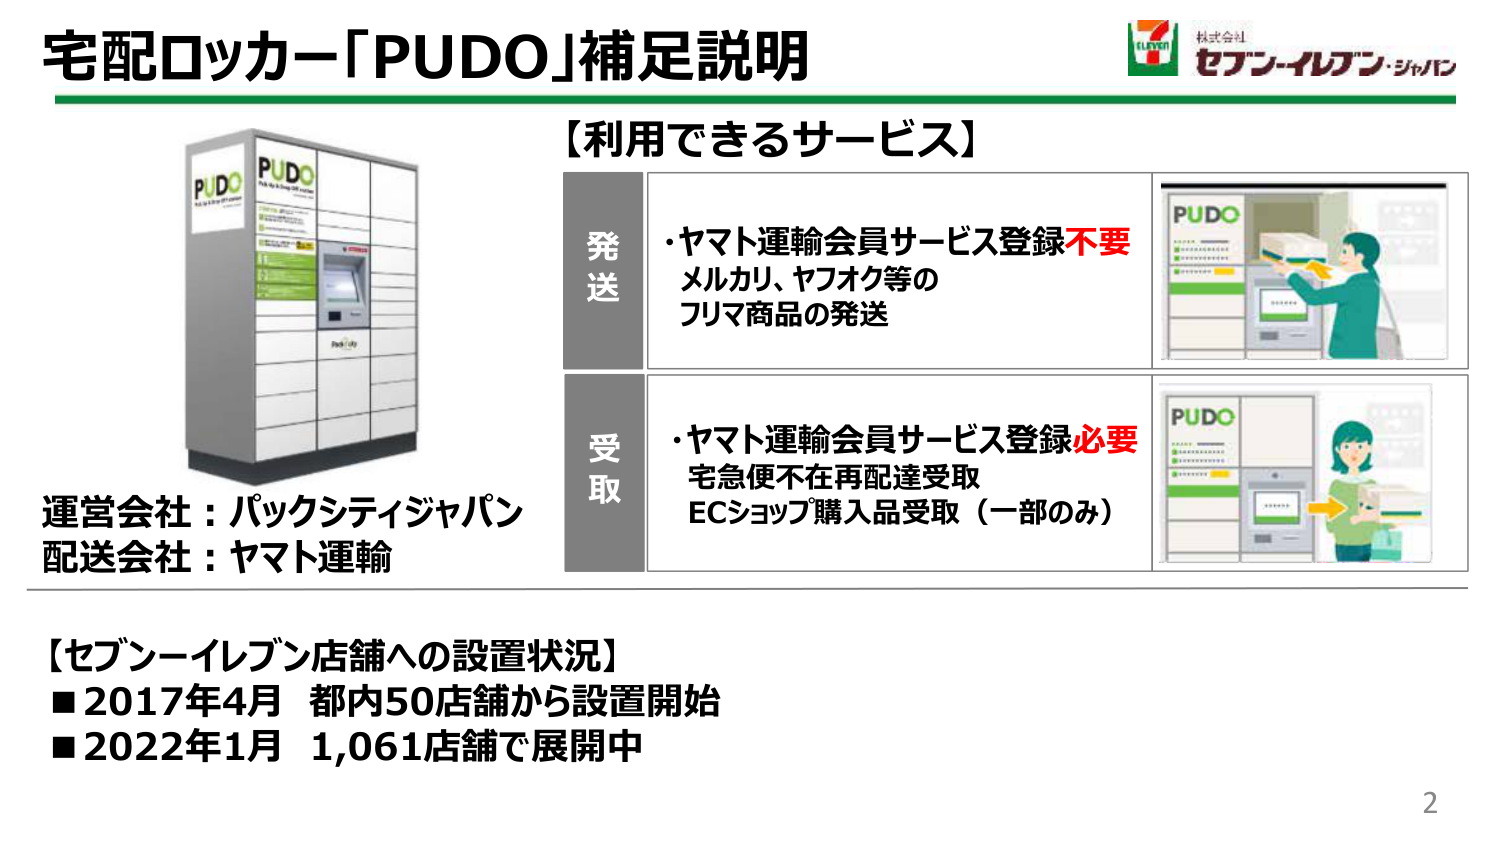
宅配ロッカー「PUDO」補足説明

【利用できるサービス】

発送
・ヤマト運輸会員サービス登録不要
メルカリ、ヤフオク等の
フリマ商品の発送

受取
・ヤマト運輸会員サービス登録必要
宅急便不在再配達受取
ECショップ購入品受取（一部のみ）

運営会社：パックスティジャパン
配送会社：ヤマト運輸

【セブン-イレブン店舗への設置状況】
■2017年4月 都内50店舗から設置開始
■2022年1月 1,061店舗で展開中

2

（右上ロゴ）
7 ELEVEN
株式会社
セブン-イレブン・ジャパン

（PUDOロッカー画像上部）
PUDO
Pick Up & Drop Off service

（PUDOロッカー画像下部）
PUDO City

（イラスト内）
PUDO